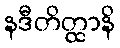
နဒီတိတ္ထာနိ